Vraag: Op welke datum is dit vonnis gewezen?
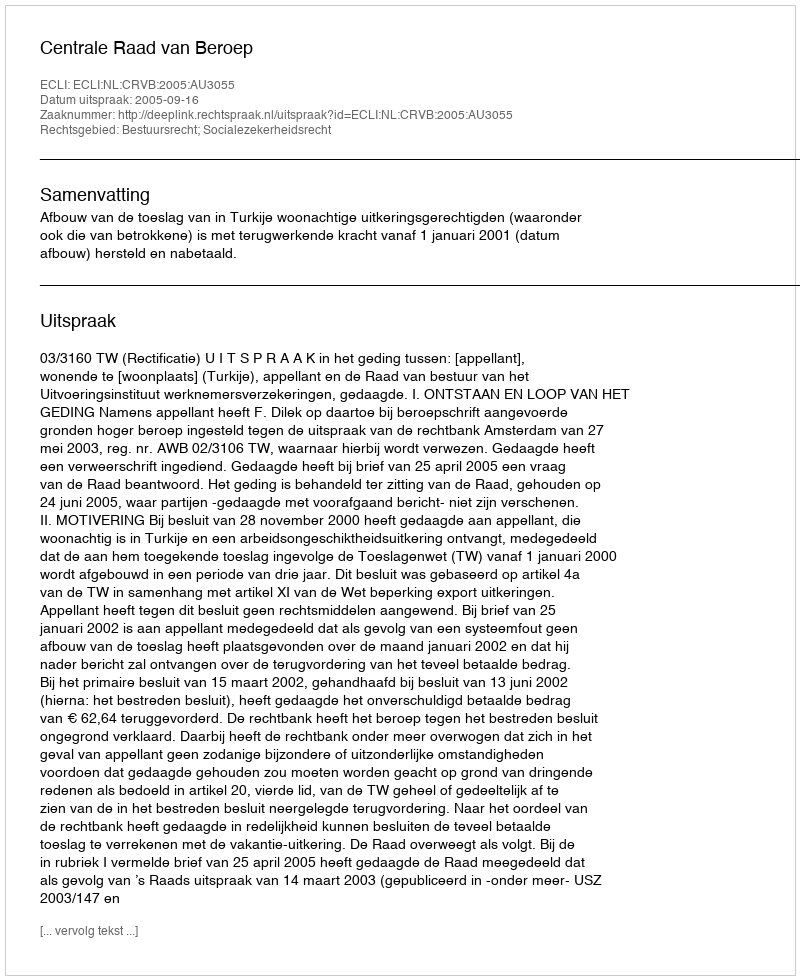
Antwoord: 2005-09-16